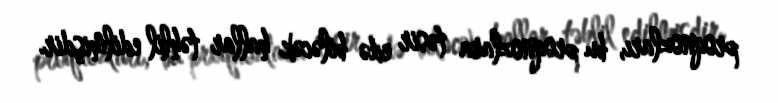
proqnozları, bu proqnozlara təsir edə biləcək hallar təhlil edilmişdir.